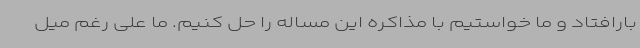
بارافتاد و ما خواستیم با مذاکره این مساله را حل کنیم. ما علی رغم میل